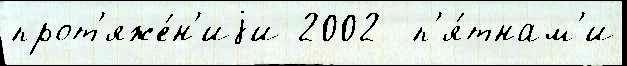
прот'яже́н'иjи 2002  п'я́тнам'и